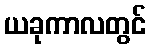
ယခုကာလတွင်